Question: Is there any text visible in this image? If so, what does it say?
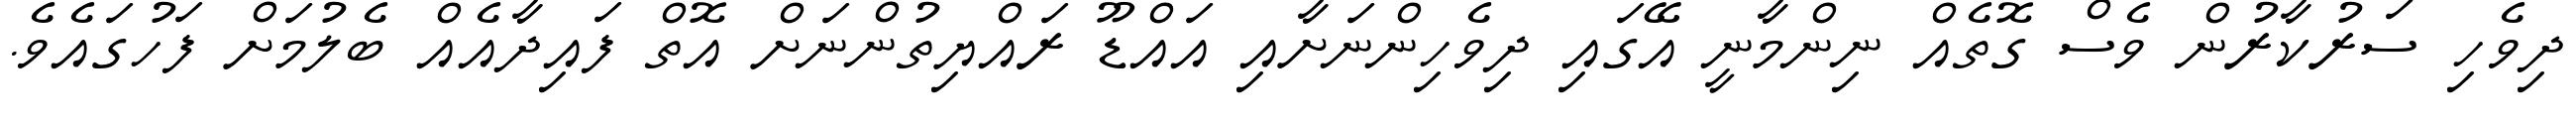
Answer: ދިވެހި ސަރުކާރުން ވެސް ގޮތެއް ނިންމާނީ އޭގައި ދިވެހިންނަށާއި އައްޑޫ ރައްޔިތުންނަށް އޮތް ފައިދާއެއް ބެލުމަށް ފަހުގައެވެ.